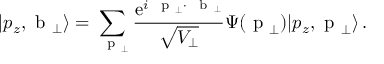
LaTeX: | p _ { z } , \mathrm { \boldmath ~ b ~ } _ { \perp } \rangle = \sum _ { \mathrm { \boldmath ~ { \scriptstyle ~ p } ~ } _ { \perp } } \frac { \mathrm { e } ^ { i \mathrm { \boldmath ~ { \scriptstyle ~ p } ~ } _ { \perp } \cdot \mathrm { \boldmath ~ { \scriptstyle ~ b } ~ } _ { \perp } } } { \sqrt { V _ { \perp } } } { \mit \Psi } ( \mathrm { \boldmath ~ p ~ } _ { \perp } ) | p _ { z } , \mathrm { \boldmath ~ p ~ } _ { \perp } \rangle \, .